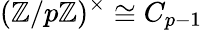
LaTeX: (\mathbb{Z}/p\mathbb{Z})^{\times}\cong C_{p-1}